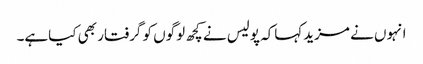
انہوں نے مزیدکہاکہ پولیس نے کچھ لوگوں کو گرفتار بھی کیاہے۔